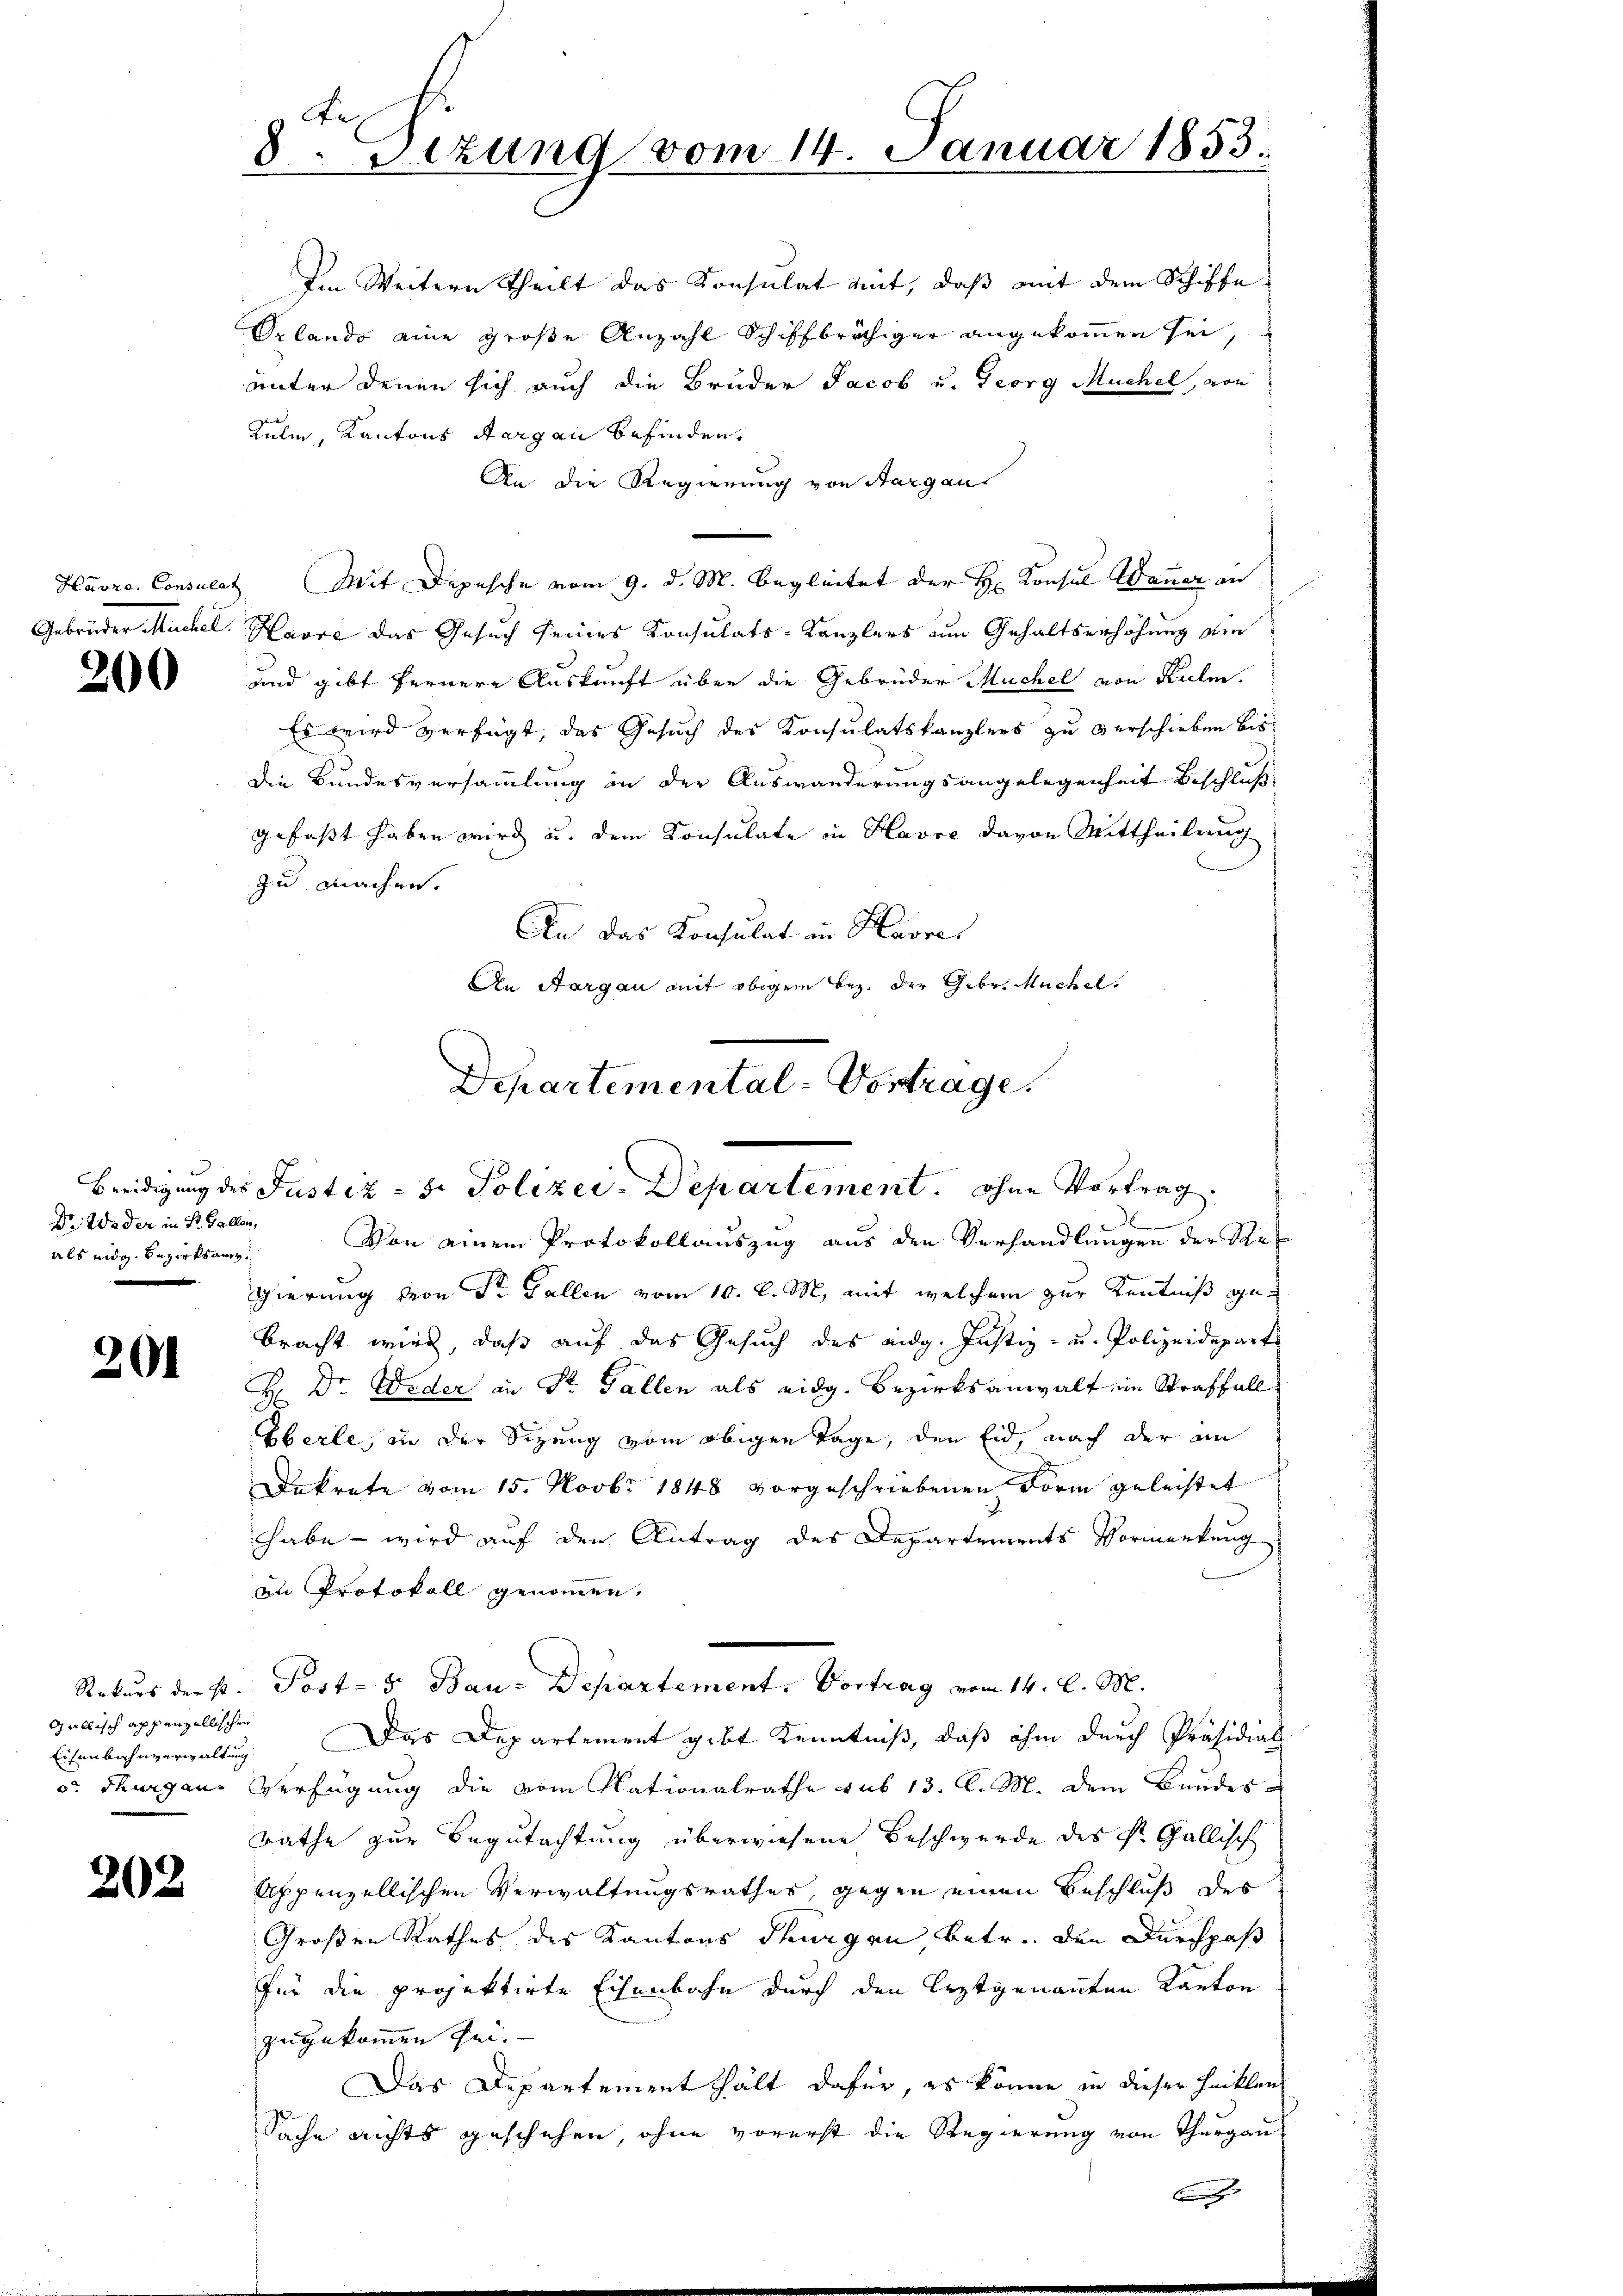
200

Dr. Weder in St. Gallen,
als eidg. Bezirksan¬

201

Gallisch appenzellischen
Eisenbahnverwaltung

202

te
8. Seizung vom 14. Januar 1853.

unter denen sich auch die Brüder Jacob u. Georg Müchel, von
Kulin, Kantons Aargau befinden.
An die Regierung von Sargau
Havre, Consulat Mit Depesche vom 9. d. M. begleitet der H. Konsul Wanner an
Gebrüder Michel, Havre das Gesuch seines Konsulats-Kanzlers um Gehaltserhöhung ein
und gibt fernere Auskunft über die Gebrüder Müchel von Kulm.
Es wird verfügt, das Gesuch des Konsulatskanzlers zu verschieben bis
die Bundesversammlung in der Auswanderungsangelegenheit Beschluß
gefasst haben wird u. dem Konsulate in Havre davon Mittheilung
zu brachen.
An das Konsulat in Havre
An Aargau mit obigem Bez. der Gebr. Kuchel,

Ien Weitern theilt das Konsulat mit, daß mit dem Schiffe
Orlando eine große Anzahl Schiffbrächiger angekommen sei,

Departemental-Vortrage.
Beeidigung des Justiz - 5. Polizei-Departement. ohne Vortrag
x
Von einem Protokollauszug aus den Verhandlungen der Se¬

gierung von Sr. Gallen vom 10. d. M. mit welchem zur Kenntniß gebracht wird, daß auf das Gesuch des eidg. Justiz- u. Polizeideparte
H: Dr. Weder an Sr. Gallen als eidg. Bezirksanwalt im Straffall
Eberle, in der Sizung vom obigen Tage, den Eid, nach der an
Dekrete vom 15. Novbr 1848 vorgeschriebenen Form geleistet
habe - wird auf den Antrag des Departements Vormenkung
in Protokoll genommen,
Das Departement gibt Kenntniß, daß ihm durch Präsidial
o. Thurgau Verfügung die vom Nationalrathe sub 13. l. M. dem Bundes
rathe zur Begutachtung überwiesene Beschwerde des St. Gallisch
Appenzellischen Verwaltungsrathes, gegen einen Beschluß des
Großen Rathes des Kantons Thurgen betr. den Durchpaß
für die projektirte Eisenbahn durch den Erztgenannten Kanton
zugekommen sei.
Das Departement hält dafür, es könne in dieser heiklen
Sache nichts geschehen, ohne vorerst die Regierung von Thurgau
B

Rekurs der p. Post- 5. Bau-Departement. Vortrag vom 14. d. M.